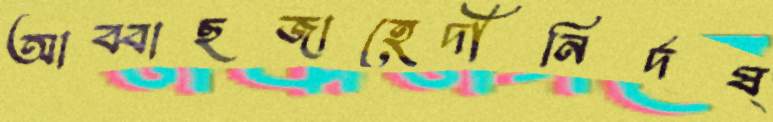
আব্বাছজাহেদীনির্দষ্